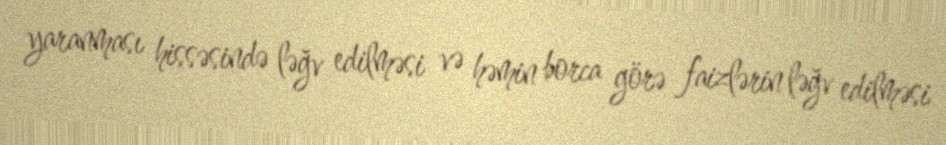
yaranması hissəsində ləğv edilməsi və həmin borca görə faizlərin ləğv edilməsi